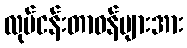
လုပ်ငန်းတာဝန်များအား